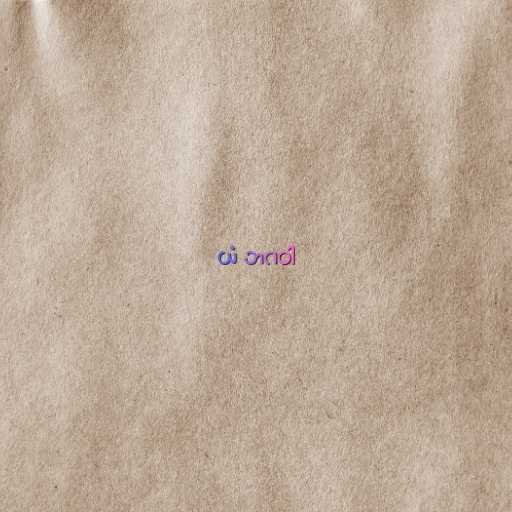
ယံ ဘဂဝါ